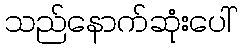
သည်နောက်ဆုံးပေါ်